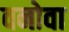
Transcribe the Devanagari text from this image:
वनोवा